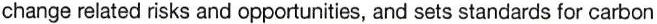
change related risks and opportunities, and sets standards for carbon